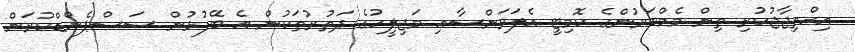
އިހްތިޖާޖުކުރި ތިން މެމްބަރުންގެ ކޮމިޓީ އެލަވަންސާއި މަޖިލީހުގެ ދަތުރުތަކުން އެ ބޭފުޅުން ސަސްޕެންޑްކުރަން